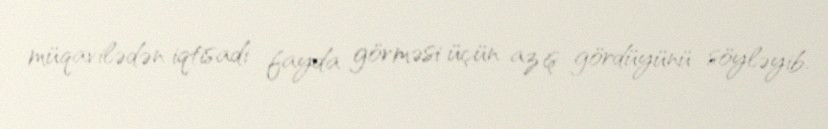
müqavilədən iqtisadi fayda görməsi üçün az iş gördüyünü söyləyib.